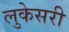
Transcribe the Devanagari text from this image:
लुकेसरी